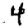
Digit: 4